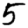
Digit: 5